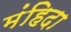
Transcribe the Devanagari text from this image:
मंहिदा